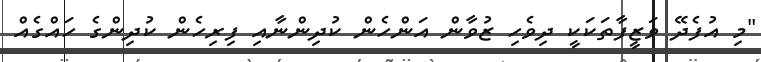
"މި އުފެދޭ ވަޒީފާތަކަކީ ދިވެހި ޒުވާން އަންހެން ކުދިންނާއި ފިރިހެން ކުދިންގެ ހައްގެއް